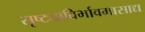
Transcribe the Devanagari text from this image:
सृष्ट्याविर्भावमासाद्य